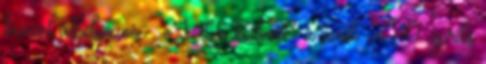
kézzel áthelyezné. – eLVe kedvesS z avak 2010. április